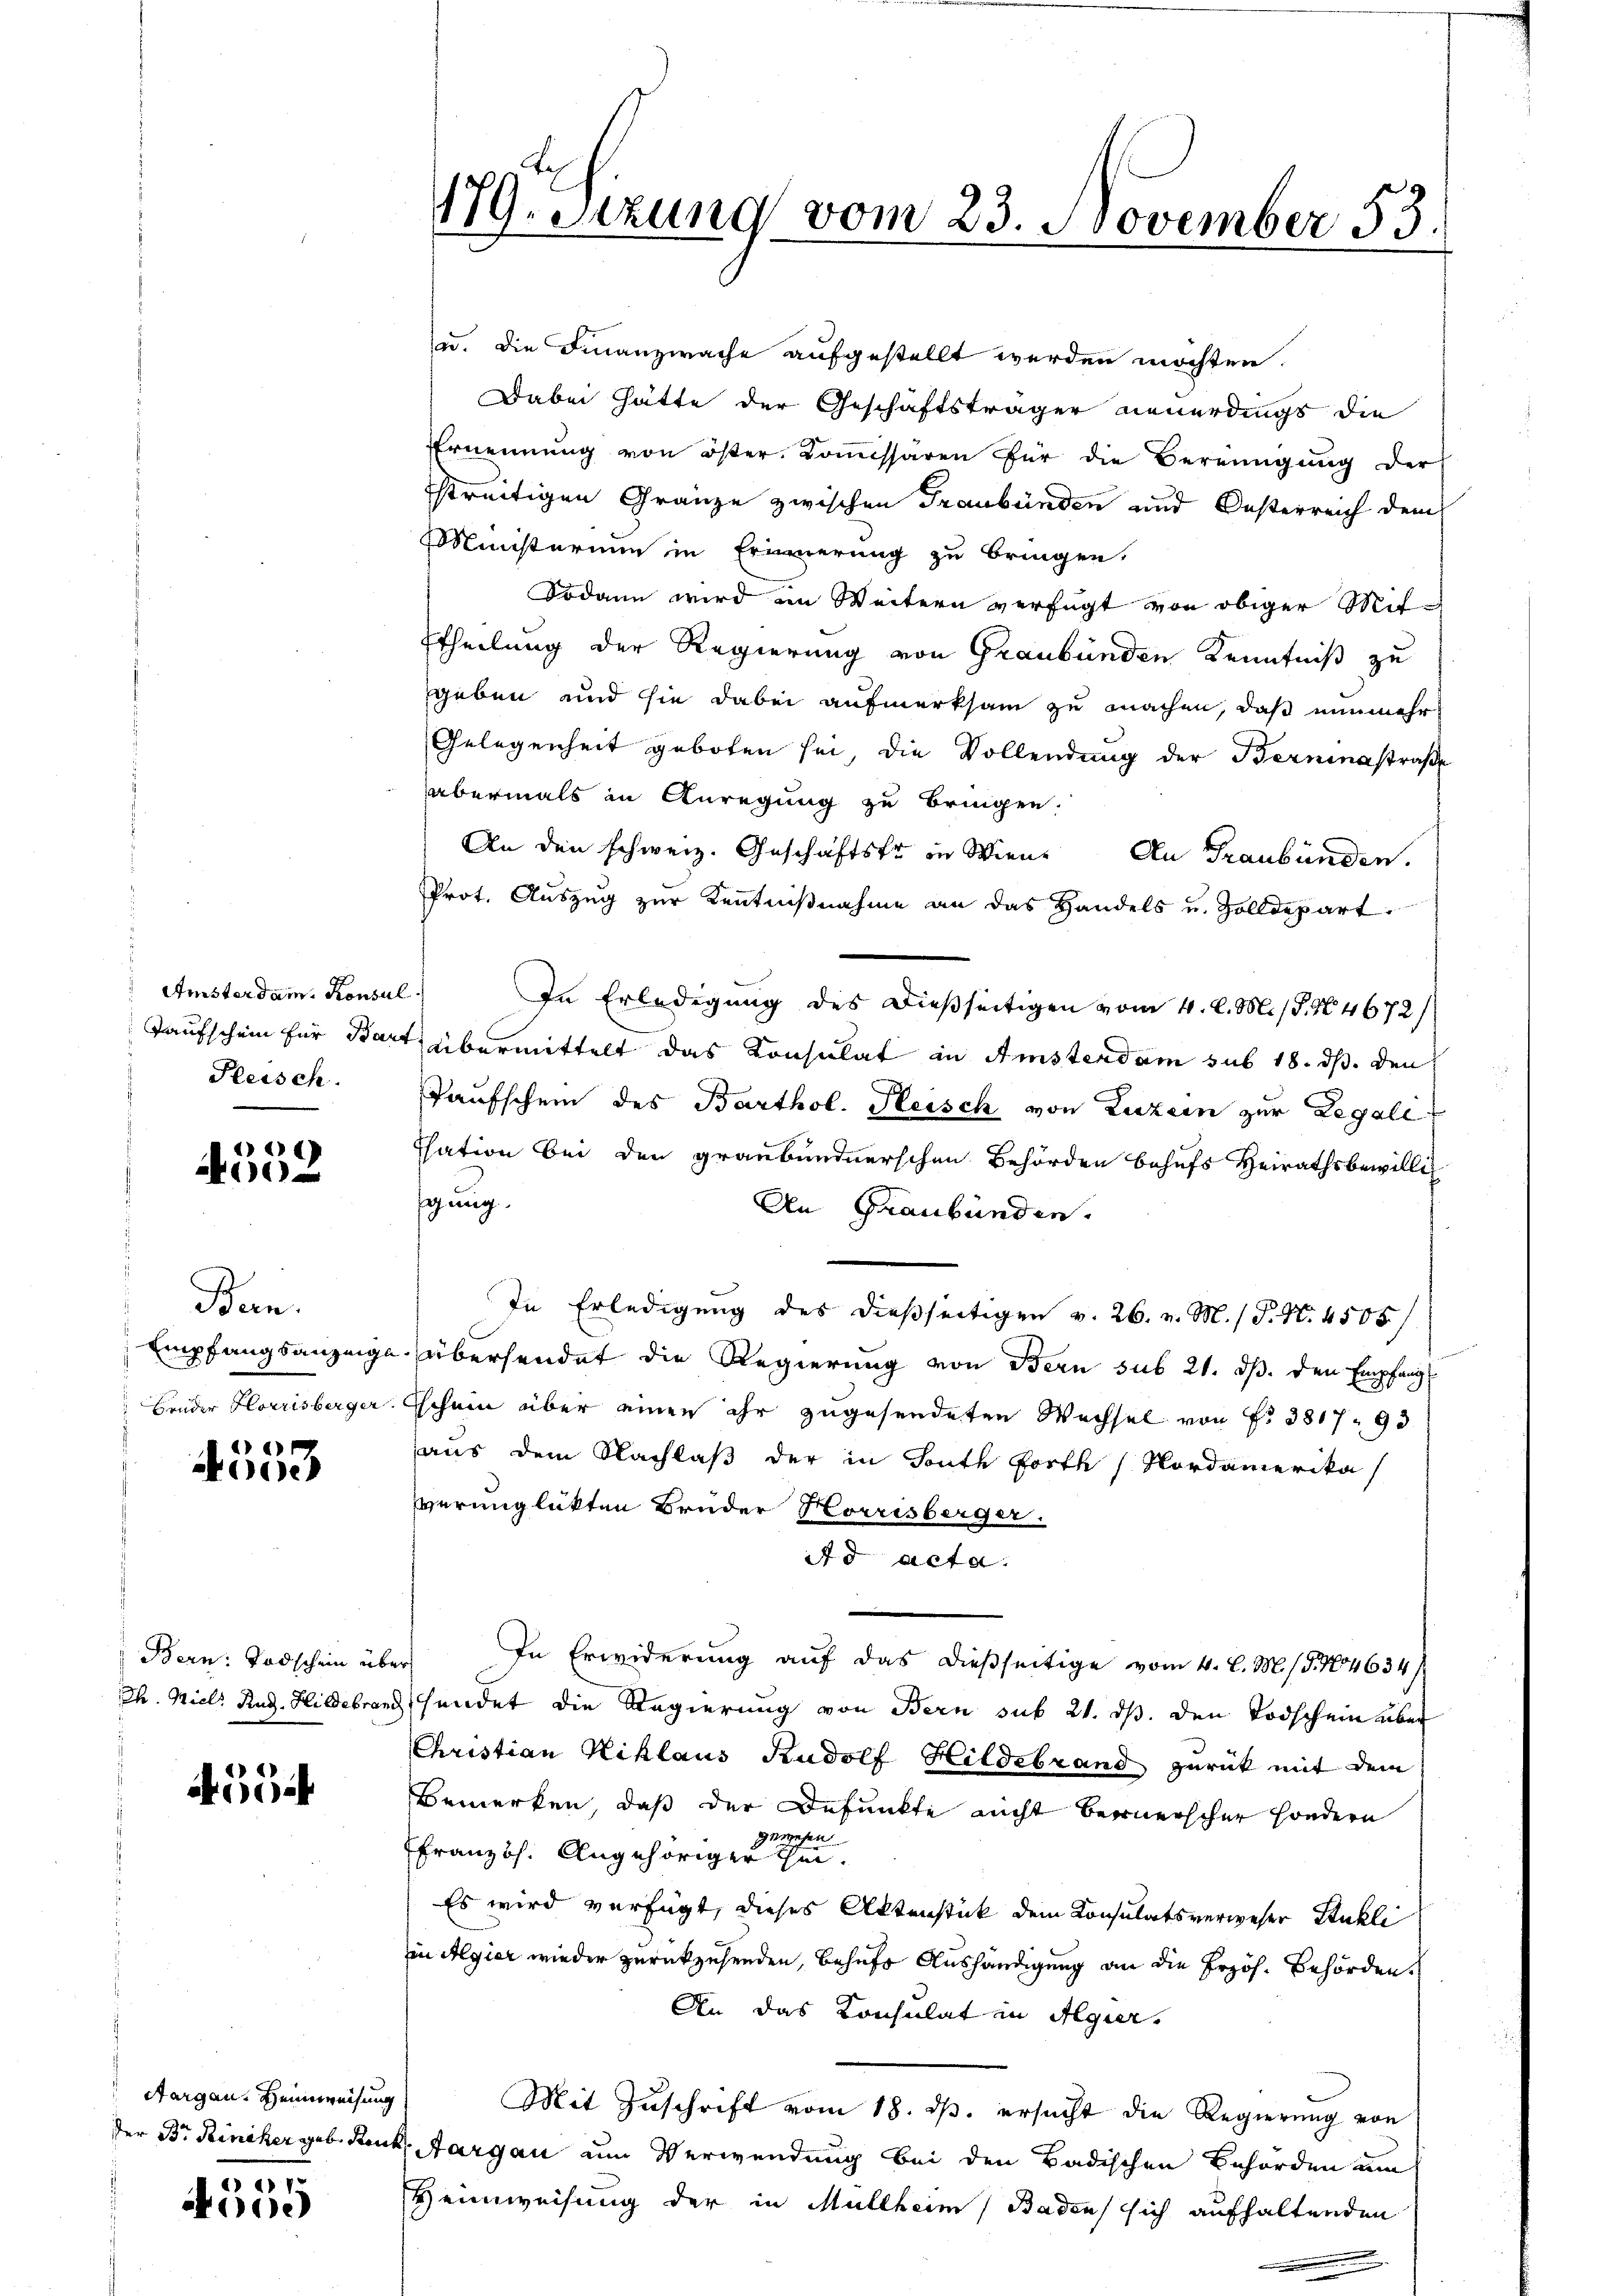
Amsterdam. Konsul
Taufschein für Bart
Pleisch.

d
A

s
Bern.
Empfangsanzeige
Brüder Florrisberger.

ede

Bern: Todschein über
h. Miel Rud. Hildebrand

14
0

Aargau, Heimweisung
der Br. Reiniker geb. Kon

301
e)

179. Sitzung vom 23. November 53.

zu. Die Finanzwache aufgestellt werden möchten.
Dabei hätte der Geschäftsträger neuerdings die
Ernennung von öster. Koṁissaren für die Bereinigŭng der
streitigen Gränze zwischen Graubünden und Oesterreich dem
Ministerium in Erinnerung zu bringen.
Sodann wird im Weitern verfügt von obiger Mit¬
Etheilung der Regierung von Graubünden Kenntniß zu
geben und sie dabei aufmerksam zu machen, daß nunmehr
Gelegenheit geboten sei die Vollendung der Berninastraße
abermals in Anregung zu bringen.
An den schweiz. Geschäftstr in Wien. An Graubünden.
Prot. Auszug zur Kenntnißnahme an das Handels u. Zolldepart.
h
In Erledigung des dießseitigen vom 4. l. M. s. No 4672/
übermittelt das Konsulat in Amstendam sub 18. ds. den
Taufschein des Barthol. Heisch von Luzern zur Regale
Isation bei den graubündnerschen Behörden behufs Heirathsbewillig
igung.
An Graubünden.
In Erledigung des dießseitigen v. 26. v. M. / P. Nr. 4505/
übersendet die Regierung von Bern sub 21. ds. den Empfangs
schein über einen ihr zugesendeten Wechsel von No 381790
aus dem Nachlaß der in South forth Nordamerika
verunglükten Bruder Horrisberger.
d acta.
In Erwiderung auf das dießseitige vom 4. l. M. (§. 14634/
sendet die Regierung von Bern sub 21. ds. den Todschein aber
Christian Niklaus Rudolf Hildebrand zurück mit dem
Bemerken, daß der Befunkte nicht Bernerscher sondern
gewesen
Französ. Ungehöriger ihm
Es wird verfügt, dieses Aktenstück dem Consulatsverweser Stukli
in Algier wieder zurückzusenden, behufs Aushändigung an die Przoh. Behörden,
An das Konsulat in Algier.
Mit Zuschrift vom 18. ds. ersucht die Regierung von
Aargau um Verwendung bei den Badischen Behörden nun
Heimweisung der in Müllheim Baden sich aufhaltenden
.